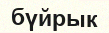
бүйрык